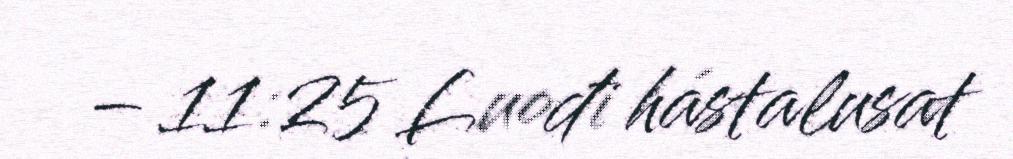
– 11:25 Luođi hástalusat